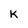
Character: K